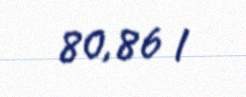
80,86 l